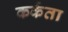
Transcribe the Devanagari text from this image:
कर्कता